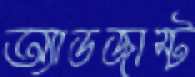
অ্যাডজাস্ট